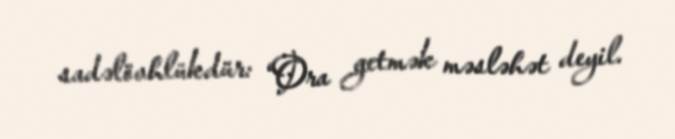
sadəlövhlükdür: “Ora getmək məsləhət deyil.